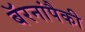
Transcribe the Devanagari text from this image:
बॅरनांपैकी